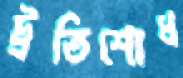
ট্রতিশোধ